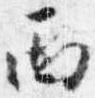
西